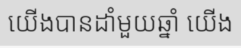
យើងបានដាំមួយឆ្នាំ យើង